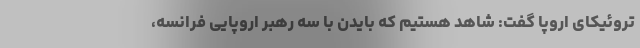
تروئیکای اروپا گفت: شاهد هستیم که بایدن با سه رهبر اروپایی فرانسه،